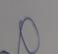
Signature authenticity: genuine